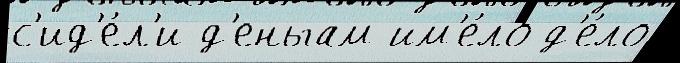
с'ид'е́л'и д'еньгам им'е́ло д'е́ло